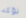
نؤكد